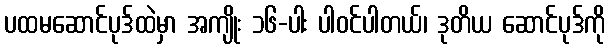
ပထမဆောင်ပုဒ်ထဲမှာ အကျိုး ၁၆-ပါး ပါဝင်ပါတယ်၊ ဒုတိယ ဆောင်ပုဒ်ကို